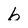
Character: b